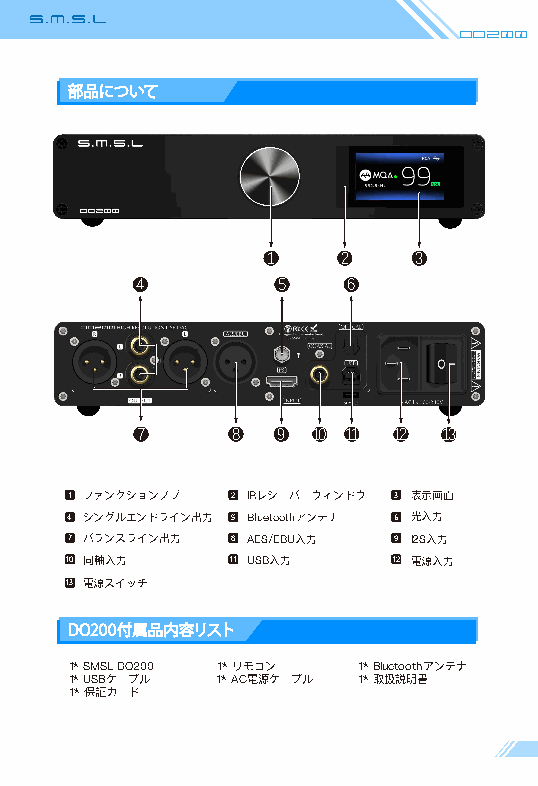
Do200
 部品について
 1    2   3
 4        5    6
 7     8  9  10 11 12 13
 1 ファンクションノブ 2 IRレシーバーウィンドウ 3 表示画面
 4 シングルエンドライン出力 5 Bluetoothアンテナ 6 光入力
 7 バランスライン出力 8 AES/EBU入力 9 I2S入力
 10 同軸入力    11 USB入力   12 電源入力
 13 電源スイッチ
 DO200付属品内容リスト
 1* SMSL DO200 1* リモコン 1* Bluetoothアンテナ
 1* USBケーブル 1* AC電源ケーブル 1* 取扱説明書
 1* 保証カード